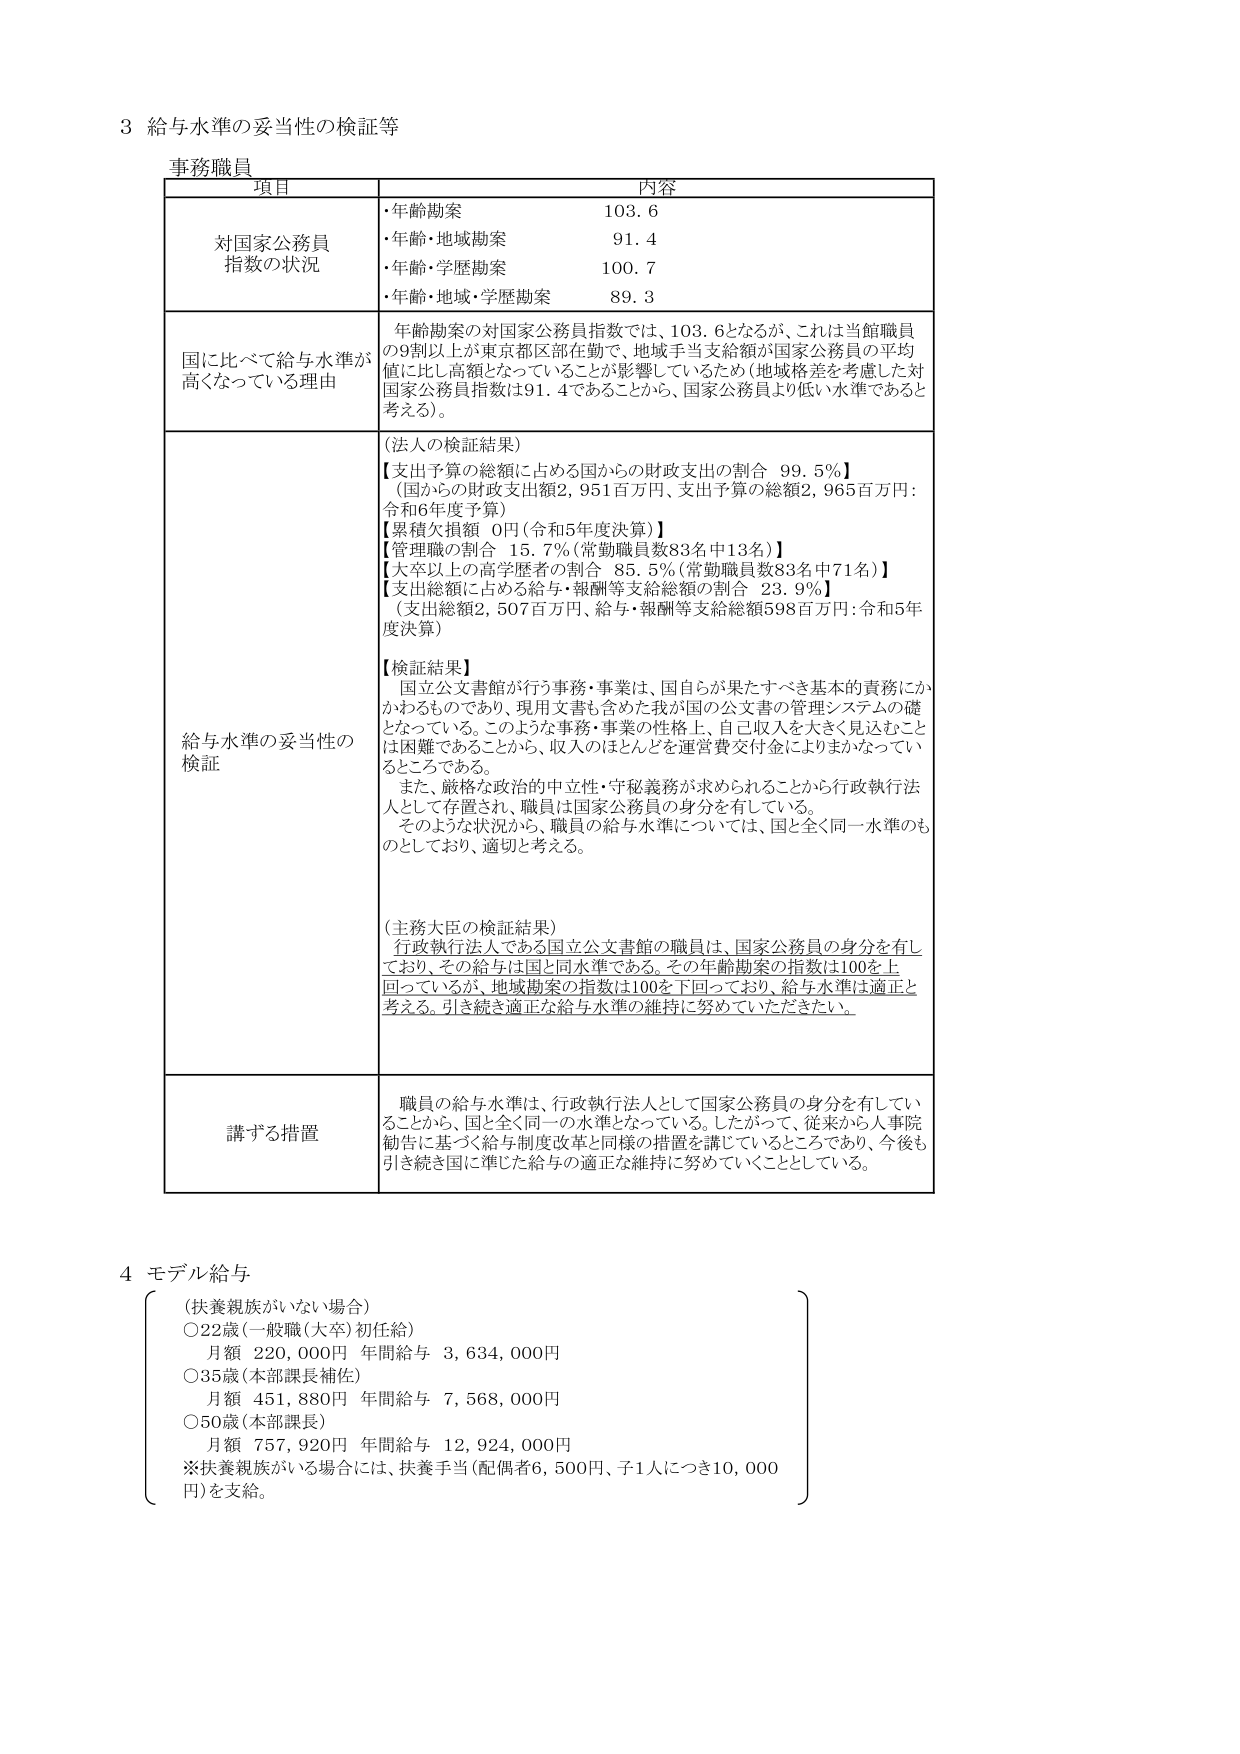
3 給与水準の妥当性の検証等

事務職員

項目 内容

対国家公務員指数の状況
・年齢勘案 103.6
・年齢・地域勘案 91.4
・年齢・学歴勘案 100.7
・年齢・地域・学歴勘案 89.3

国に比べて給与水準が高くなっている理由
年齢勘案の対国家公務員指数では、103.6となるが、これは当館職員の9割以上が東京都区部在勤で、地域手当支給額が国家公務員の平均値に比し高額となっていることが影響しているため（地域格差を考慮した対国家公務員指数は91.4であることから、国家公務員より低い水準であると考える）。

給与水準の妥当性の検証
（法人の検証結果）
【支出予算の総額に占める国からの財政支出の割合 99.5%】
（国からの財政支出額2,951百万円、支出予算の総額2,965百万円：令和6年度予算）
【累積欠損額 0円（令和5年度決算）】
【管理職の割合 15.7%（常勤職員数83名中13名）】
【大卒以上の高学歴者の割合 85.5%（常勤職員数83名中71名）】
【支出総額に占める給与・報酬等支給総額の割合 23.9%】
（支出総額2,507百万円、給与・報酬等支給総額598百万円：令和5年度決算）

【検証結果】
国立公文書館が行う事務・事業は、国自らが果たすべき基本的責務にかかわるものであり、現用文書も含めた我が国の公文書の管理システムの礎となっている。このような事務・事業の性格上、自己収入を大きく見込むことは困難であることから、収入のほとんどを運営費交付金によりまかなっているところである。
また、厳格な政治的中立性・守秘義務が求められることから行政執行法人として存置され、職員は国家公務員の身分を有している。
そのような状況から、職員の給与水準については、国と全く同一水準のも のとしており、適切と考える。

（主務大臣の検証結果）
行政執行法人である国立公文書館の職員は、国家公務員の身分を有しており、その給与は国と同水準である。その年齢勘案の指数は100を上回っているが、地域勘案の指数は100を下回っており、給与水準は適正と考える。引き続き適正な給与水準の維持に努めていただきたい。

講ずる措置
職員の給与水準は、行政執行法人として国家公務員の身分を有していることから、国と全く同一の水準となっている。したがって、従来から人事院勧告に基づく給与制度改革と同様の措置を講じているところであり、今後も引き続き国に準じた給与の適正な維持に努めていくこととしている。

4 モデル給与
（扶養親族がいない場合）
○22歳（一般職（大卒）初任給）
月額 220,000円 年間給与 3,634,000円
○35歳（本部課長補佐）
月額 451,880円 年間給与 7,568,000円
○50歳（本部課長）
月額 757,920円 年間給与 12,924,000円
※扶養親族がいる場合には、扶養手当（配偶者6,500円、子1人につき10,000円）を支給。